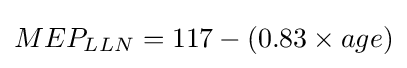
MEP_{LLN}=117-(0.83\times age)